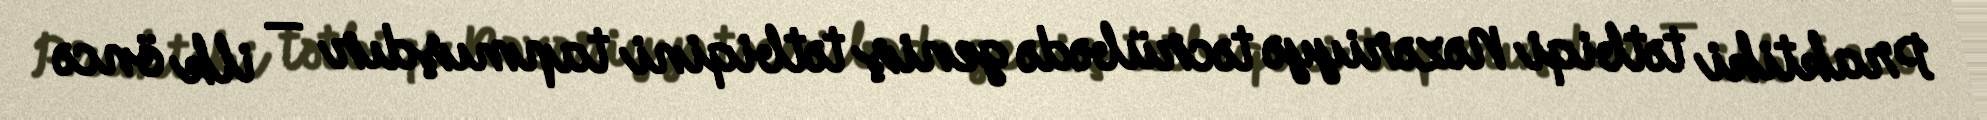
Praktiki tətbiqi Nəzəriyyə təcrübədə geniş tətbiqini tapmışdır — ilk öncə